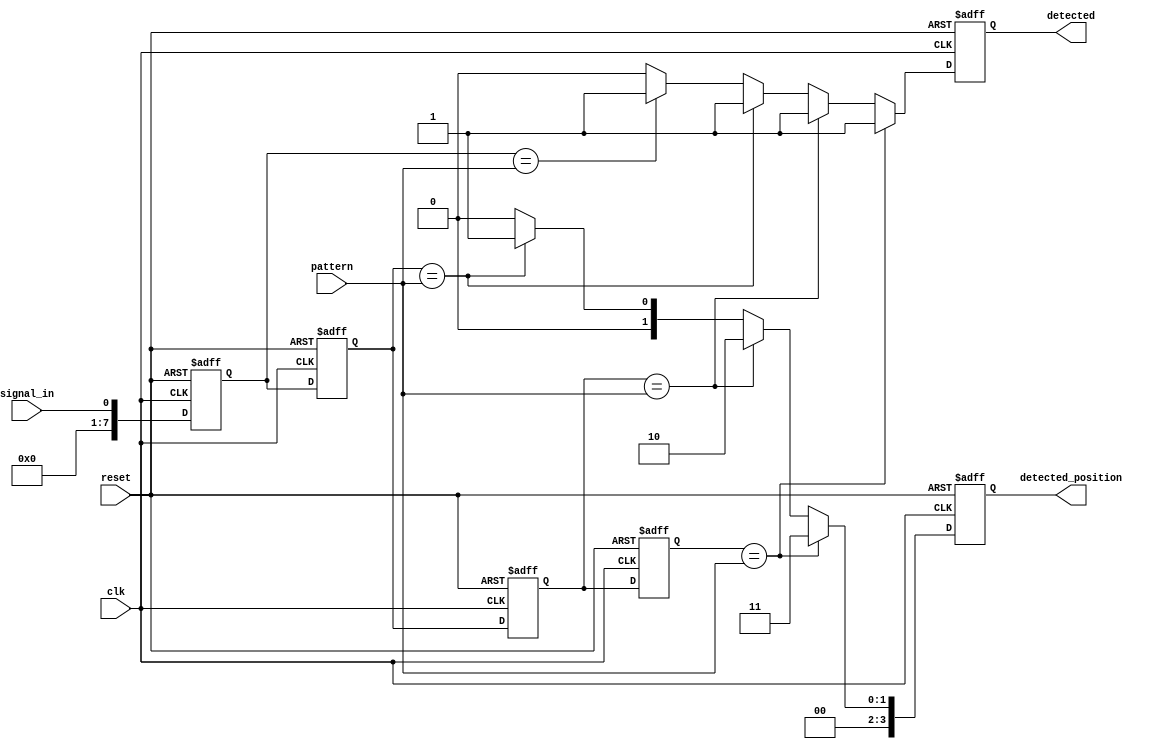
module MemoryBlocksSamplingDelayLineDetector #(
    parameter DATA_WIDTH = 8,      // Width of the input signal
    parameter NUM_BLOCKS = 4,      // Number of memory blocks (delay line length)
    parameter PATTERN_WIDTH = 8     // Width of the pattern to detect
)(
    input wire clk,                 // Sampling clock
    input wire reset,               // Reset signal
    input wire signal_in,           // Input digital signal
    input wire [PATTERN_WIDTH-1:0] pattern, // Pattern to detect
    output reg detected,            // Detection output signal
    output reg [NUM_BLOCKS-1:0] detected_position // Position of detected pattern
);

// Memory blocks (shift registers)
reg [DATA_WIDTH-1:0] mem [0:NUM_BLOCKS-1];

// Sampling mechanism
integer i;
always @(posedge clk or posedge reset) begin
    if (reset) begin
        // Reset all memory blocks
        for (i = 0; i < NUM_BLOCKS; i = i + 1) begin
            mem[i] <= 0;
        end
        detected <= 0;
        detected_position <= 0;
    end else begin
        // Shift memory blocks
        for (i = NUM_BLOCKS-1; i > 0; i = i - 1) begin
            mem[i] <= mem[i-1];
        end
        // Sample the input signal into the first memory block
        mem[0] <= signal_in;

        // Pattern detection logic
        detected <= 0;
        detected_position <= 0;
        for (i = 0; i < NUM_BLOCKS; i = i + 1) begin
            if (mem[i][PATTERN_WIDTH-1:0] == pattern) begin
                detected <= 1;
                detected_position <= i;
            end
        end
    end
end

endmodule